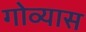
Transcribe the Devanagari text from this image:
गोव्यास